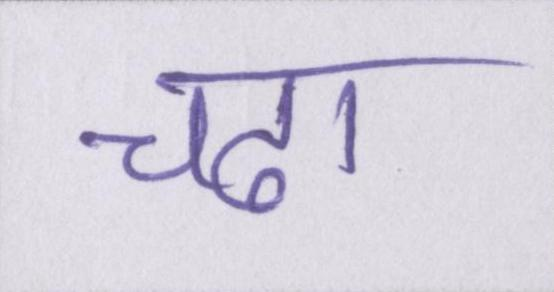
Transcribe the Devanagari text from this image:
चढा